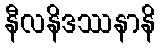
နီလနိဒဿနာနိ